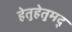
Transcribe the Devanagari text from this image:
हेतुहेतुमद्